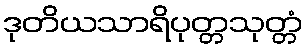
ဒုတိယသာရိပုတ္တသုတ္တံ